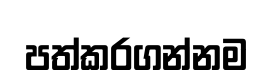
පත්කරගන්නම